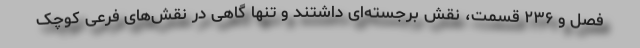
فصل و ۲۳۶ قسمت، نقش برجسته‌ای داشتند و تنها گاهی در نقش‌های فرعی کوچک